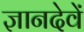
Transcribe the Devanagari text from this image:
ज्ञानदेवें